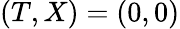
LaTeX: (T,X)=(0,0)